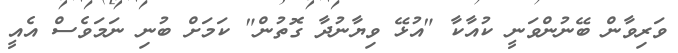
ވަރިވާން ބޭނުންވަނީ ކުއާކާ "އުޅޭ ވިޔާނުދާ ގޮތުން" ކަމަށް ބުނި ނަމަވެސް އެއީ